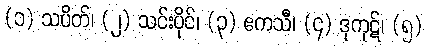
(၁) သပိတ်၊ (၂) သင်းပိုင်၊ (၃) ဧကသီ၊ (၄) ဒုကုဋ်၊ (၅)